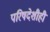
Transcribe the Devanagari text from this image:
परिषदेशीही